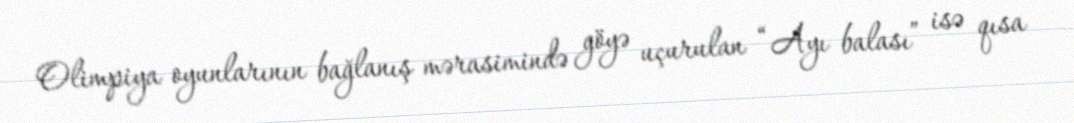
Olimpiya oyunlarının bağlanış mərasimində göyə uçurulan “Ayı balası” isə qısa